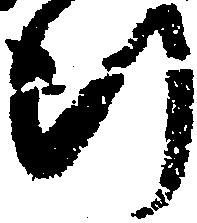
行